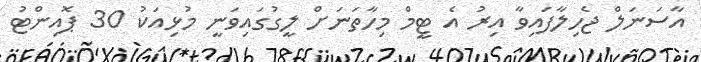
އާސަނަލް ޖެހިލާފައިވާ އިރު އެ ޓީމް މިހާތަނަށް ލީގުގައިވަނީ މުޅިއަކު 30 ޕޮއިންޓު